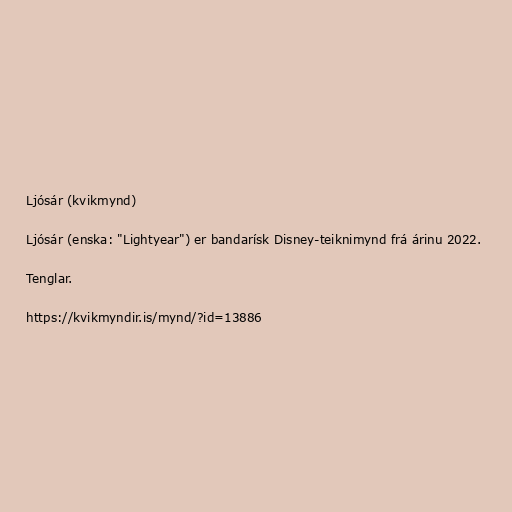
Ljósár (kvikmynd)

Ljósár (enska: "Lightyear") er bandarísk Disney-teiknimynd frá árinu 2022.

Tenglar.

https://kvikmyndir.is/mynd/?id=13886